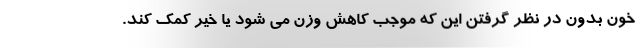
خون بدون در نظر گرفتن این که موجب کاهش وزن می شود یا خیر کمک کند.